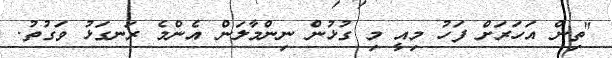
"ތިން އަހަރަށް ފަހު މިއީ މި ގުޅުން ނިންމާލަން އެންމެ ރަނގަޅު ވަގުތު.